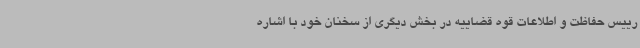
رییس حفاظت و اطلاعات قوه قضاییه در بخش دیگری از سخنان خود با اشاره